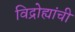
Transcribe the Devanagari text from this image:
विद्रोह्यांची